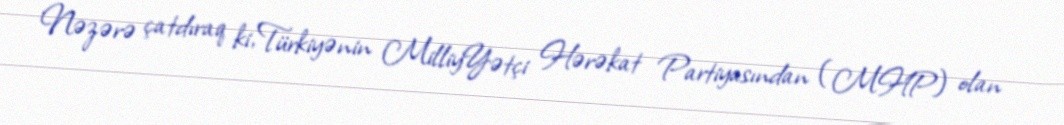
Nəzərə çatdıraq ki, Türkiyənin MilliyYətçi Hərəkat Partiyasından (MHP) olan